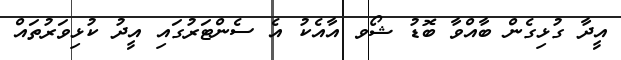
އީދާ ގުޅިގެން ބާއްވާ ބޮޑު ޝޯވ އާއެކު އެ ސެންޓަރުގައި އީދު ކުޅިވަރުތައް